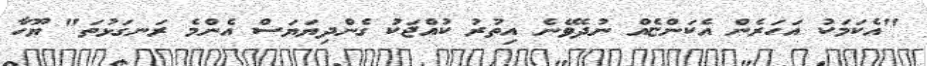
"އެކަމަކު އަހަރެން އެކަންޏެއް ނުދެވޭނެ އިތުރު ކުއްޖަކު ގެންދިޔަޔަސް އެންމެ ރަނގަޅުތަ" ޔޫހާ